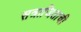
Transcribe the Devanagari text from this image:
सत्राजिताची